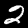
Label: 2